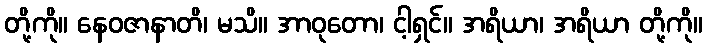
တို့ကို။ နေဝဇာနာတိ၊ မသိ။ အာဝုတော၊ ငါ့ရှင်။ အရိယာ၊ အရိယာ တို့ကို။